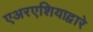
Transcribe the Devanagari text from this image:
एअरएशियाद्वारे